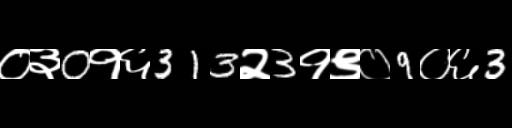
Text: ०३0१६313२3१९०9०६3